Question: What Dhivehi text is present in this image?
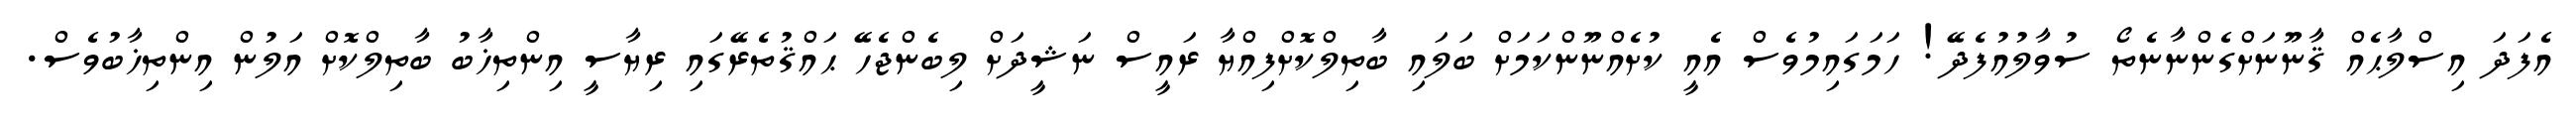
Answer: އެފަދަ އިސްލާޙެއް ޤާނޫނަށްގެންނާނެތޯ ސުވާލުއުފެދޭ! ހަމަގައިމުވެސް އެއީ ކުށެއްނޫންކަމަށް ބަލައި ބާތިލްކޮށްފިއްޔާ ރައީސް ނަޝީދަށް ލިބެންޖެހޭ ޙައްޤުތެރޭގައި ރިޔާސީ އިންތިޚާބު ބާތިލްކޮށް އަލުން އިންތިޚާބުވެސް.